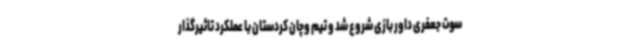
سوت جعفری داور بازی شروع شد و تیم وچان کردستان با عملکرد تاثیرگذار